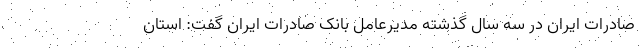
صادرات ایران در سه سال گذشته مدیرعامل بانک صادرات ایران گفت: استان